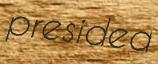
presided